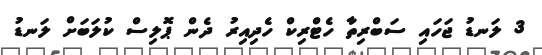
3 ލަނޑު ޖަހައި ސަބްރިތާ ހެޓްރިކް ހެދިއިރު ދެން ޕޮލިސް ކުލަބަށް ލަނޑު